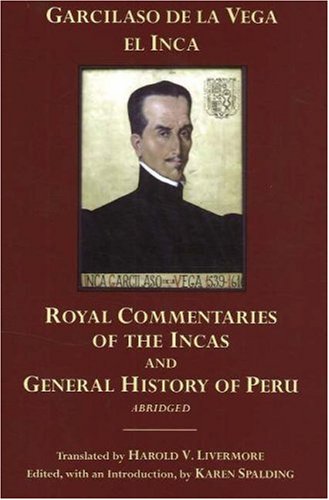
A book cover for The Royal Commentaries of the Incas and General History of Peru, Abridged; GarciLaso De la Vega; History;